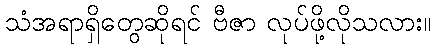
သံအရာရှိတွေဆိုရင် ဗီဇာ လုပ်ဖို့လိုသလား။